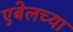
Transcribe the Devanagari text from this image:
एबेलच्या